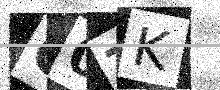
Text: G0TK